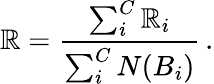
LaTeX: \mathbb{R}=\frac{{\sum_{i}^{C}\mathbb{R}_{i}}}{{\sum_{i}^{C}N(B_{i})}}\, .